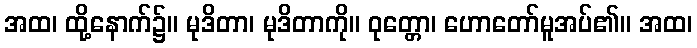
အထ၊ ထို့နောက်၌။ မုဒိတာ၊ မုဒိတာကို။ ဝုတ္တော၊ ဟောတော်မူအပ်၏။ အထ၊